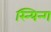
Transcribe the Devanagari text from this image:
स्न्यिन्ग